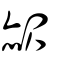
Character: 赧